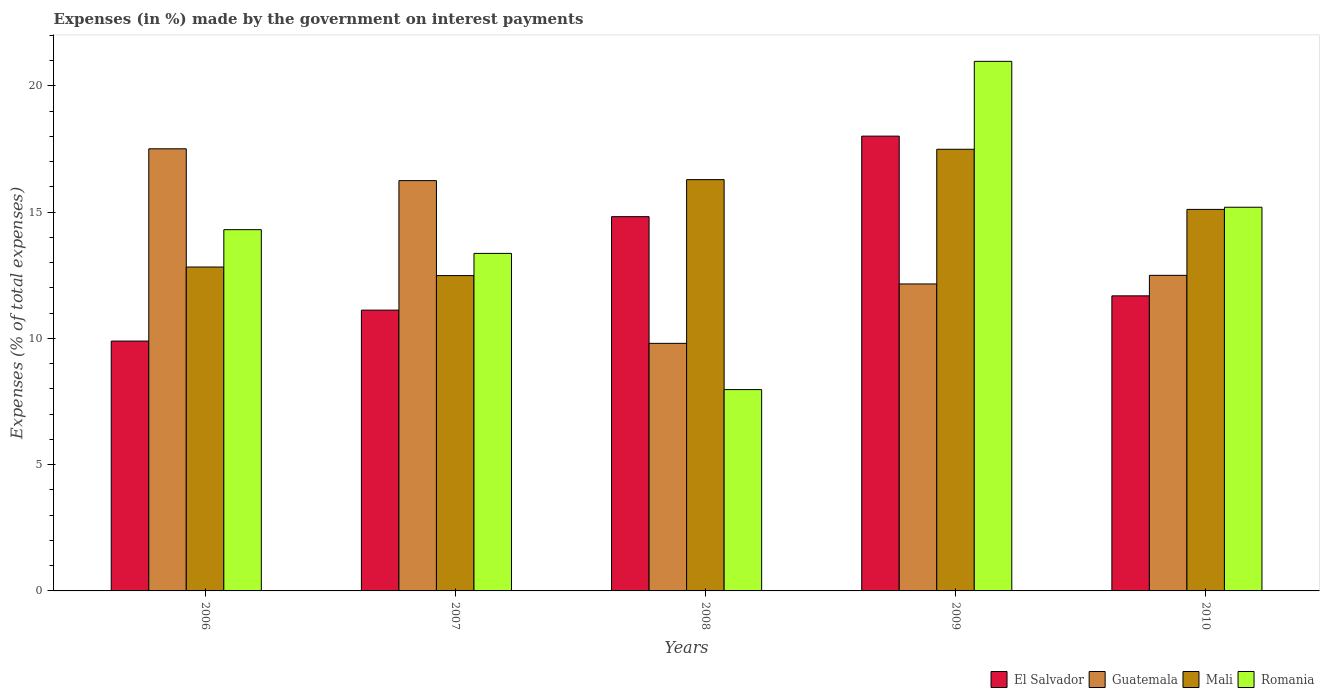
| Years | El Salvador | Guatemala | Mali | Romania |
 | --- | --- | --- | --- | --- |
 | 2006 | 9.89 | 17.5 | 12.8 | 14.3 |
 | 2007 | 11.1 | 16.2 | 12.5 | 13.4 |
 | 2008 | 14.8 | 9.8 | 16.3 | 7.97 |
 | 2009 | 18 | 12.2 | 17.5 | 21 |
 | 2010 | 11.7 | 12.5 | 15.1 | 15.2 |